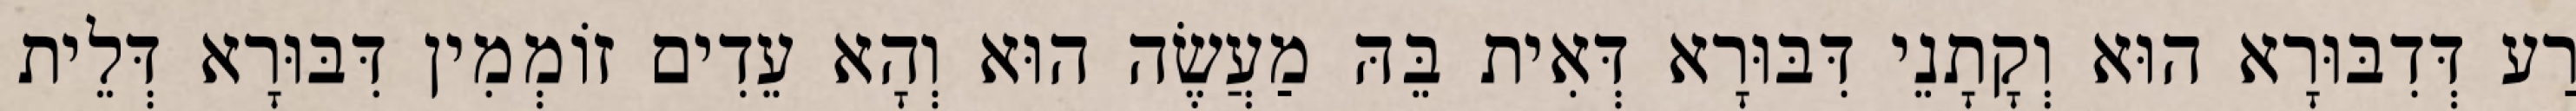
רַע דְּדִבּוּרָא הוּא וְקָתָנֵי דִּבּוּרָא דְּאִית בֵּהּ מַעֲשֶׂה הוּא וְהָא עֵדִים זוֹמְמִין דִּבּוּרָא דְּלֵית